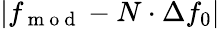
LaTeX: |f_{\mathrm{~m~o~d~}}-N\cdot\Delta f_{0}|